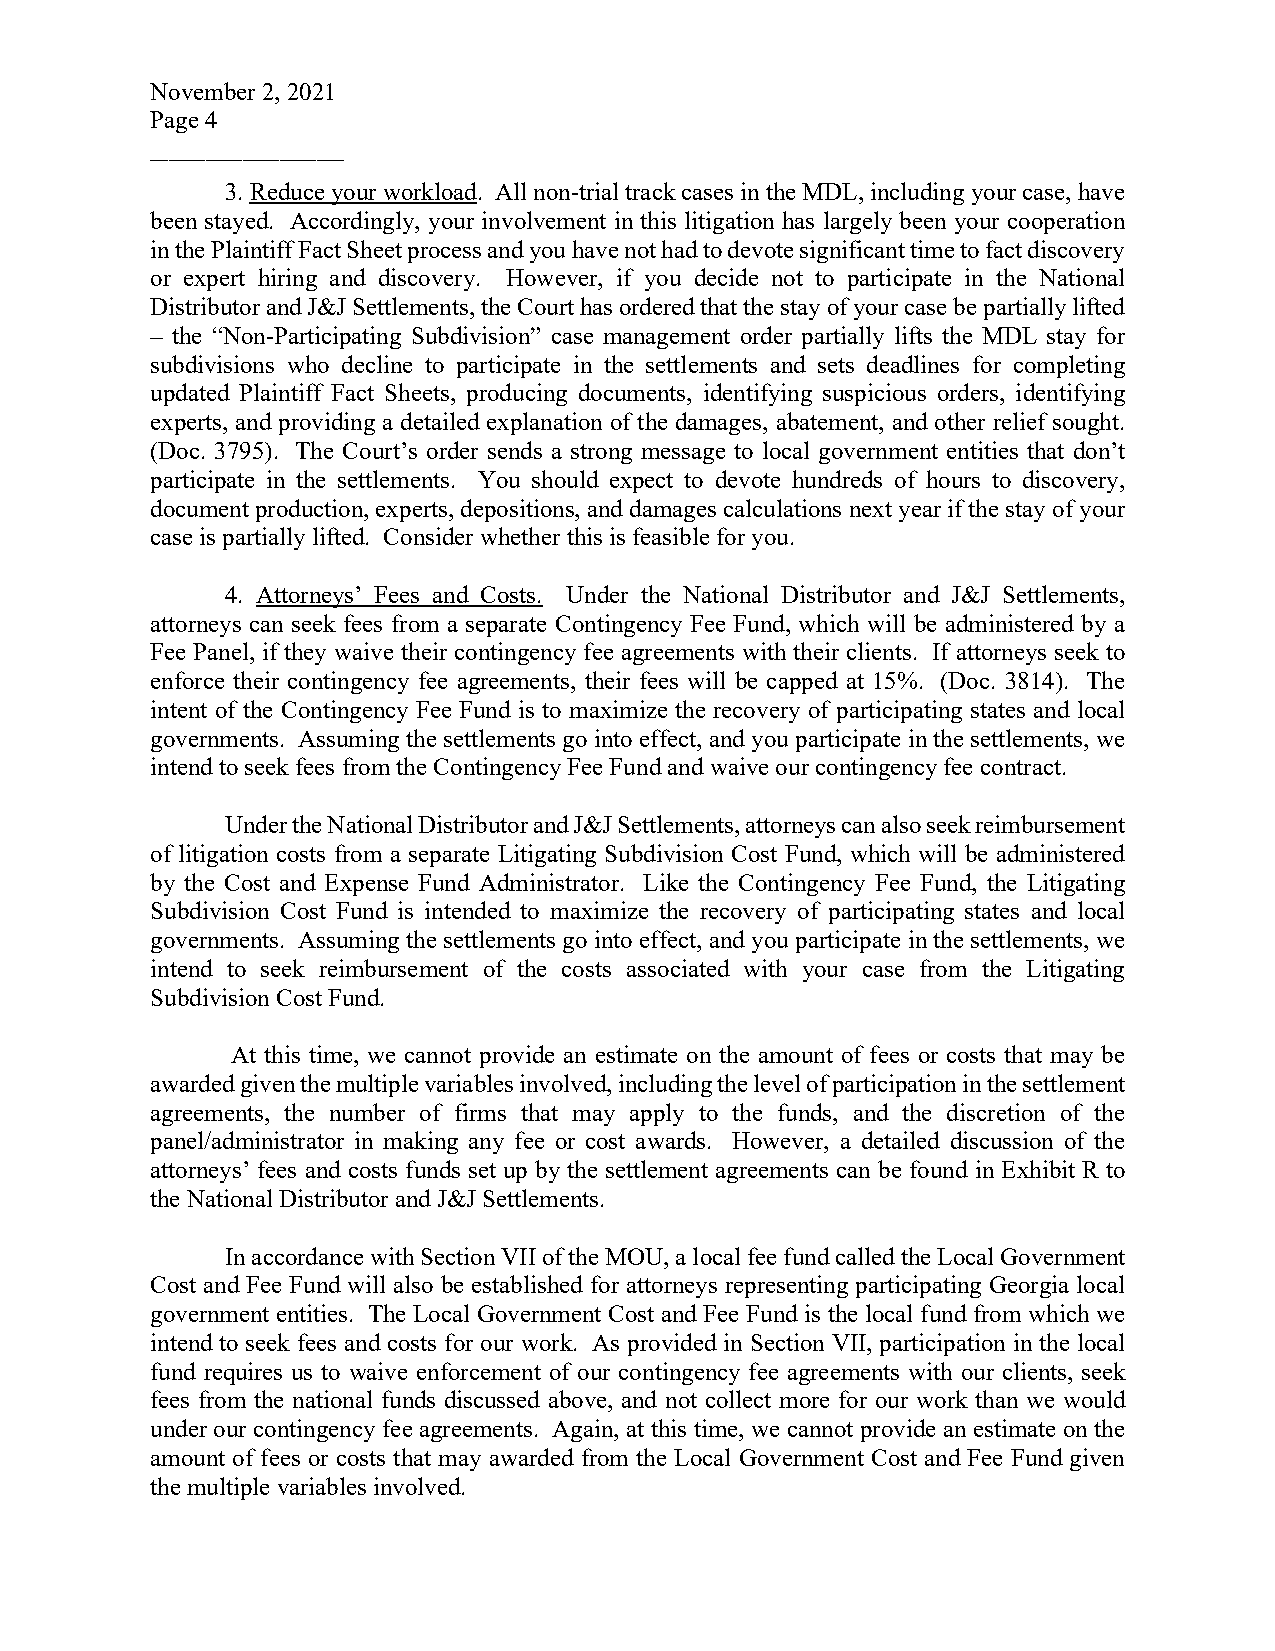
November 2, 2021
 P age 4
 3. Reduce your workload. All non-trial track cases in the MDL, including your case, have
 _____________________
 been stayed. Accordingly, your involvement in this litigation has largely been your cooperation
 in the Plaintiff Fact Sheet process and you have not had to devote significant time to fact discovery
 or expert hiring and discovery. However, if you decide not to participate in the National
 Distributor and J&J Settlements, the Court has ordered that the stay of your case be partially lifted
 – the “Non-Participating Subdivision” case management order partially lifts the MDL stay for
 subdivisions who decline to participate in the settlements and sets deadlines for completing
 updated Plaintiff Fact Sheets, producing documents, identifying suspicious orders, identifying
 experts, and providing a detailed explanation of the damages, abatement, and other relief sought.
 (Doc. 3795). The Court’s order sends a strong message to local government entities that don’t
 participate in the settlements. You should expect to devote hundreds of hours to discovery,
 document production, experts, depositions, and damages calculations next year if the stay of your
 case is partially lifted. Consider whether this is feasible for you.
 4. Attorneys’ Fees and Costs. Under the National Distributor and J&J Settlements,
 attorneys can seek fees from a separate Contingency Fee Fund, which will be administered by a
 Fee Panel, if they waive their contingency fee agreements with their clients. If attorneys seek to
 enforce their contingency fee agreements, their fees will be capped at 15%. (Doc. 3814). The
 intent of the Contingency Fee Fund is to maximize the recovery of participating states and local
 governments. Assuming the settlements go into effect, and you participate in the settlements, we
 intend to seek fees from the Contingency Fee Fund and waive our contingency fee contract.
 Under the National Distributor and J&J Settlements, attorneys can also seek reimbursement
 of litigation costs from a separate Litigating Subdivision Cost Fund, which will be administered
 by the Cost and Expense Fund Administrator. Like the Contingency Fee Fund, the Litigating
 Subdivision Cost Fund is intended to maximize the recovery of participating states and local
 governments. Assuming the settlements go into effect, and you participate in the settlements, we
 intend to seek reimbursement of the costs associated with your case from the Litigating
 Subdivision Cost Fund.
 At this time, we cannot provide an estimate on the amount of fees or costs that may be
 awarded given the multiple variables involved, including the level of participation in the settlement
 agreements, the number of firms that may apply to the funds, and the discretion of the
 panel/administrator in making any fee or cost awards. However, a detailed discussion of the
 attorneys’ fees and costs funds set up by the settlement agreements can be found in Exhibit R to
 the National Distributor and J&J Settlements.
 In accordance with Section VII of the MOU, a local fee fund called the Local Government
 Cost and Fee Fund will also be established for attorneys representing participating Georgia local
 government entities. The Local Government Cost and Fee Fund is the local fund from which we
 intend to seek fees and costs for our work. As provided in Section VII, participation in the local
 fund requires us to waive enforcement of our contingency fee agreements with our clients, seek
 fees from the national funds discussed above, and not collect more for our work than we would
 under our contingency fee agreements. Again, at this time, we cannot provide an estimate on the
 amount of fees or costs that may awarded from the Local Government Cost and Fee Fund given
 the multiple variables involved.